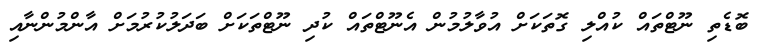
ބޮޑެތި ނޫޓްތައް ކުއްލި ގޮތަކަށް އުވާލުމުން އެނޫޓްތައް ކުދި ނޫޓްތަކަށް ބަދަލުކުރުމަށް އާންމުންނާއި